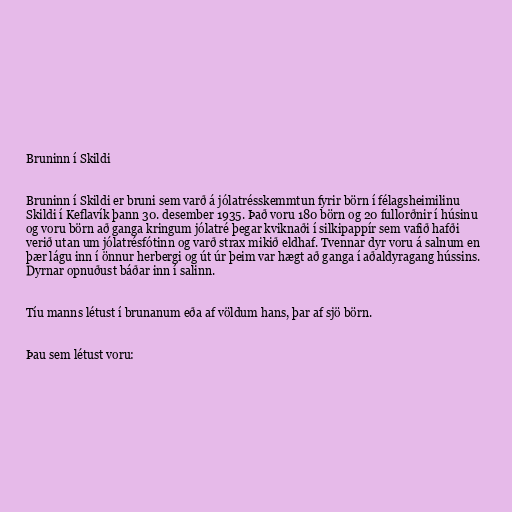
Bruninn í Skildi

Bruninn í Skildi er bruni sem varð á jólatrésskemmtun fyrir börn í félagsheimilinu
Skildi í Keflavík þann 30. desember 1935. Það voru 180 börn og 20 fullorðnir í húsinu
og voru börn að ganga kringum jólatré þegar kviknaði í silkipappír sem vafið hafði
verið utan um jólatrésfótinn og varð strax mikið eldhaf. Tvennar dyr voru á salnum en
þær lágu inn í önnur herbergi og út úr þeim var hægt að ganga í aðaldyragang hússins.
Dyrnar opnuðust báðar inn í salinn.

Tíu manns létust í brunanum eða af völdum hans, þar af sjö börn.

Þau sem létust voru: